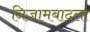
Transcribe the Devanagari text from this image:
निजामबादला